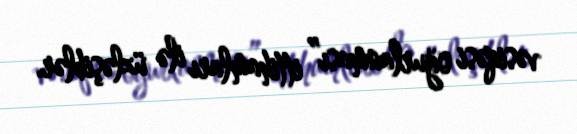
vəsiqəsi oğurlanması” ittihamları ilə üzləşiblər.